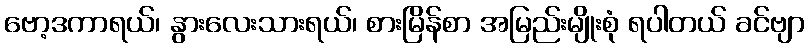
ဗော့ဒကာရယ်၊ နွားလေးသားရယ်၊ စားမြိန်စာ အမြည်းမျိုးစုံ ရပါတယ် ခင်ဗျာ